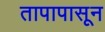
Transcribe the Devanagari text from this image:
तापापासून